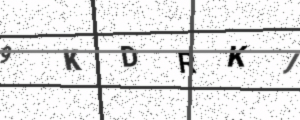
Text: 9KDRKJ